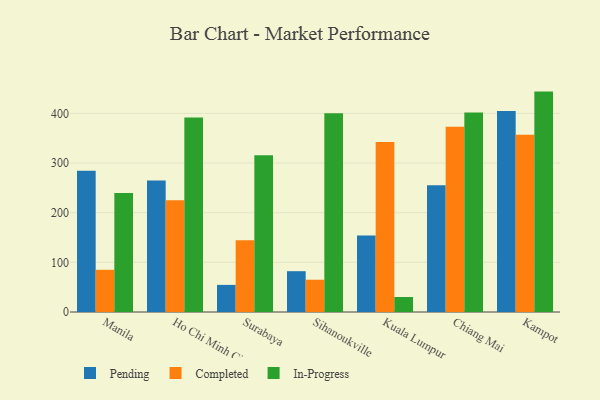
{"axis": {"x": "City", "y": "Active Users"}, "legend": ["Completed", "In-Progress", "Pending"], "data": [{"x": "Manila", "y": 284.4, "type": "Pending"}, {"x": "Manila", "y": 85.0, "type": "Completed"}, {"x": "Manila", "y": 239.7, "type": "In-Progress"}, {"x": "Ho Chi Minh City", "y": 265.0, "type": "Pending"}, {"x": "Ho Chi Minh City", "y": 225.2, "type": "Completed"}, {"x": "Ho Chi Minh City", "y": 391.8, "type": "In-Progress"}, {"x": "Surabaya", "y": 54.6, "type": "Pending"}, {"x": "Surabaya", "y": 144.3, "type": "Completed"}, {"x": "Surabaya", "y": 315.7, "type": "In-Progress"}, {"x": "Sihanoukville", "y": 82.2, "type": "Pending"}, {"x": "Sihanoukville", "y": 65.0, "type": "Completed"}, {"x": "Sihanoukville", "y": 400.5, "type": "In-Progress"}, {"x": "Kuala Lumpur", "y": 154.1, "type": "Pending"}, {"x": "Kuala Lumpur", "y": 342.4, "type": "Completed"}, {"x": "Kuala Lumpur", "y": 30.2, "type": "In-Progress"}, {"x": "Chiang Mai", "y": 255.1, "type": "Pending"}, {"x": "Chiang Mai", "y": 373.3, "type": "Completed"}, {"x": "Chiang Mai", "y": 401.8, "type": "In-Progress"}, {"x": "Kampot", "y": 404.8, "type": "Pending"}, {"x": "Kampot", "y": 357.0, "type": "Completed"}, {"x": "Kampot", "y": 443.9, "type": "In-Progress"}]}